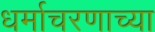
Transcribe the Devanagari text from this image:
धर्माचरणाच्या